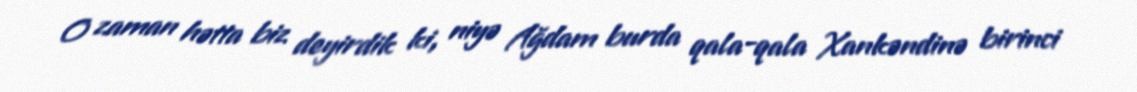
O zaman hətta biz deyirdik ki, niyə Ağdam burda qala-qala Xankəndinə birinci